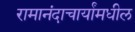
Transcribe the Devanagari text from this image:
रामानंदाचार्यांमधील